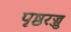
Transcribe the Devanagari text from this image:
पृष्ठरज्जु